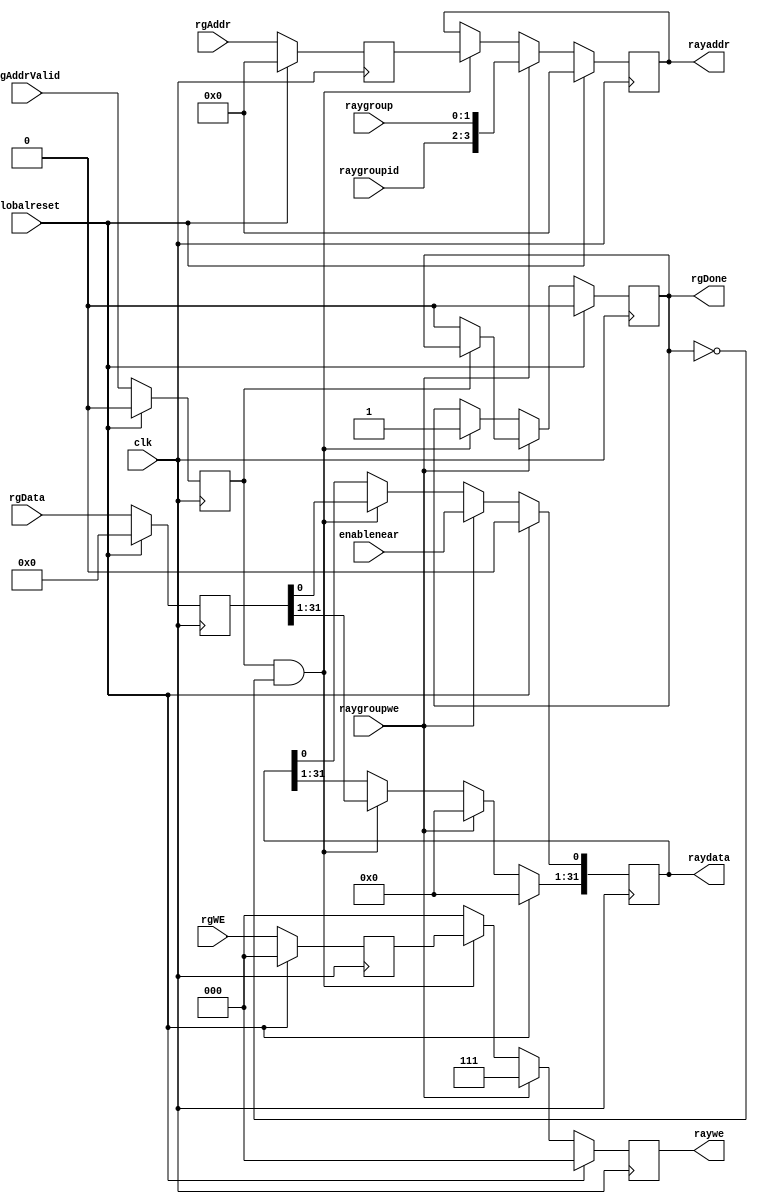
`define SIMULATION_MEMORY

 module rayinterface (raygroup, raygroupwe, raygroupid, enablenear, rgData, rgAddr, rgWE, rgAddrValid, rgDone, raydata, rayaddr, raywe, globalreset, clk);

    input[1:0] raygroup; 
    input raygroupwe; 
    input[1:0] raygroupid; 
    input enablenear; 
    input[31:0] rgData; 
    input[3:0] rgAddr; 
    input[2:0] rgWE; 

    input rgAddrValid; 
    output rgDone; 
    reg rgDone;
    output[31:0] raydata; 
    reg[31:0] raydata;
    output[3:0] rayaddr; 
    reg[3:0] rayaddr;
    output[2:0] raywe; 
    reg[2:0] raywe;
    input globalreset; 
    input clk; 


    reg[31:0] rgDatal; 
    reg[3:0] rgAddrl; 
    reg[2:0] rgWEl; 
    reg rgAddrValidl; 

    always @(posedge clk)
    begin
       if (globalreset == 1'b1)
       begin
          raydata <= 0;
          rayaddr <= 0;
          raywe <= 0;

          rgDone <= 1'b0 ; 
          rgDatal <= 0;
          rgAddrl <= 0;
          rgWEl <= 0;
          rgAddrValidl <= 1'b0 ; 
       end
       else
       begin
          rgDatal <= rgData ; // Latch interchip signals
          rgAddrl <= rgAddr ; // To Meet Timing
          rgWEl <= rgWE ; 

          rgAddrValidl <= rgAddrValid ; 
 
          if (raygroupwe == 1'b1)
          begin
             raydata[0] <= enablenear ; 
             raydata[31:1] <= 0;
             raywe <= 3'b111 ; 
             rayaddr <= {raygroupid, raygroup} ; 
             if (rgAddrValidl == 1'b0)
              	rgDone <= 1'b0 ;
          end
          else if (rgAddrValidl == 1'b1 & rgDone == 1'b0)
          begin
             raydata <= rgDatal ; 
             raywe <= rgWEl ; 
             rayaddr <= rgAddrl ; 
             rgDone <= 1'b1 ; 
          end 
	  else
	  begin
             raywe <= 0;
	  end
       end 
    end 
 endmodule